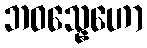
ဘဝသ္နေဟော